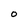
Character: O